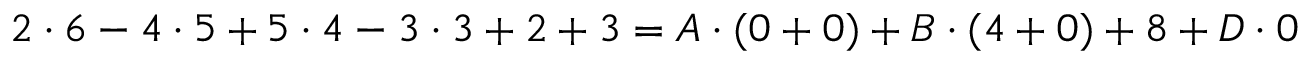
2 \cdot 6 - 4 \cdot 5 + 5 \cdot 4 - 3 \cdot 3 + 2 + 3 = A \cdot ( 0 + 0 ) + B \cdot ( 4 + 0 ) + 8 + D \cdot 0